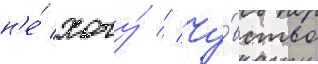
н'е́ хочу́ // Чу́вство